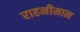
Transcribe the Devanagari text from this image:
राहनीमान